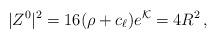
LaTeX: \begin{align*} |Z^0|^2=16(\rho+c_{\ell})e^{\mathcal{K}}=4R^2\,,\end{align*}